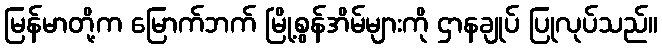
မြန်မာတို့က မြောက်ဘက် မြို့စွန်အိမ်များကို ဌာနချုပ် ပြုလုပ်သည်။